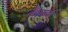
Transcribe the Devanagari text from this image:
चौरसाई